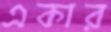
একার